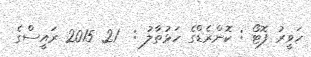
ހަވީރު ފޮޓޯ : ކޮންރެޑްގެ ހަޅުތާލު :  21